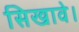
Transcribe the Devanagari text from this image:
सिखावे।